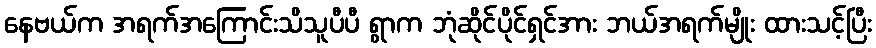
နေဗယ်က အရက်အကြောင်းသိသူပီပီ ရွာက ဘုံဆိုင်ပိုင်ရှင်အား ဘယ်အရက်မျိုး ထားသင့်ပြီး